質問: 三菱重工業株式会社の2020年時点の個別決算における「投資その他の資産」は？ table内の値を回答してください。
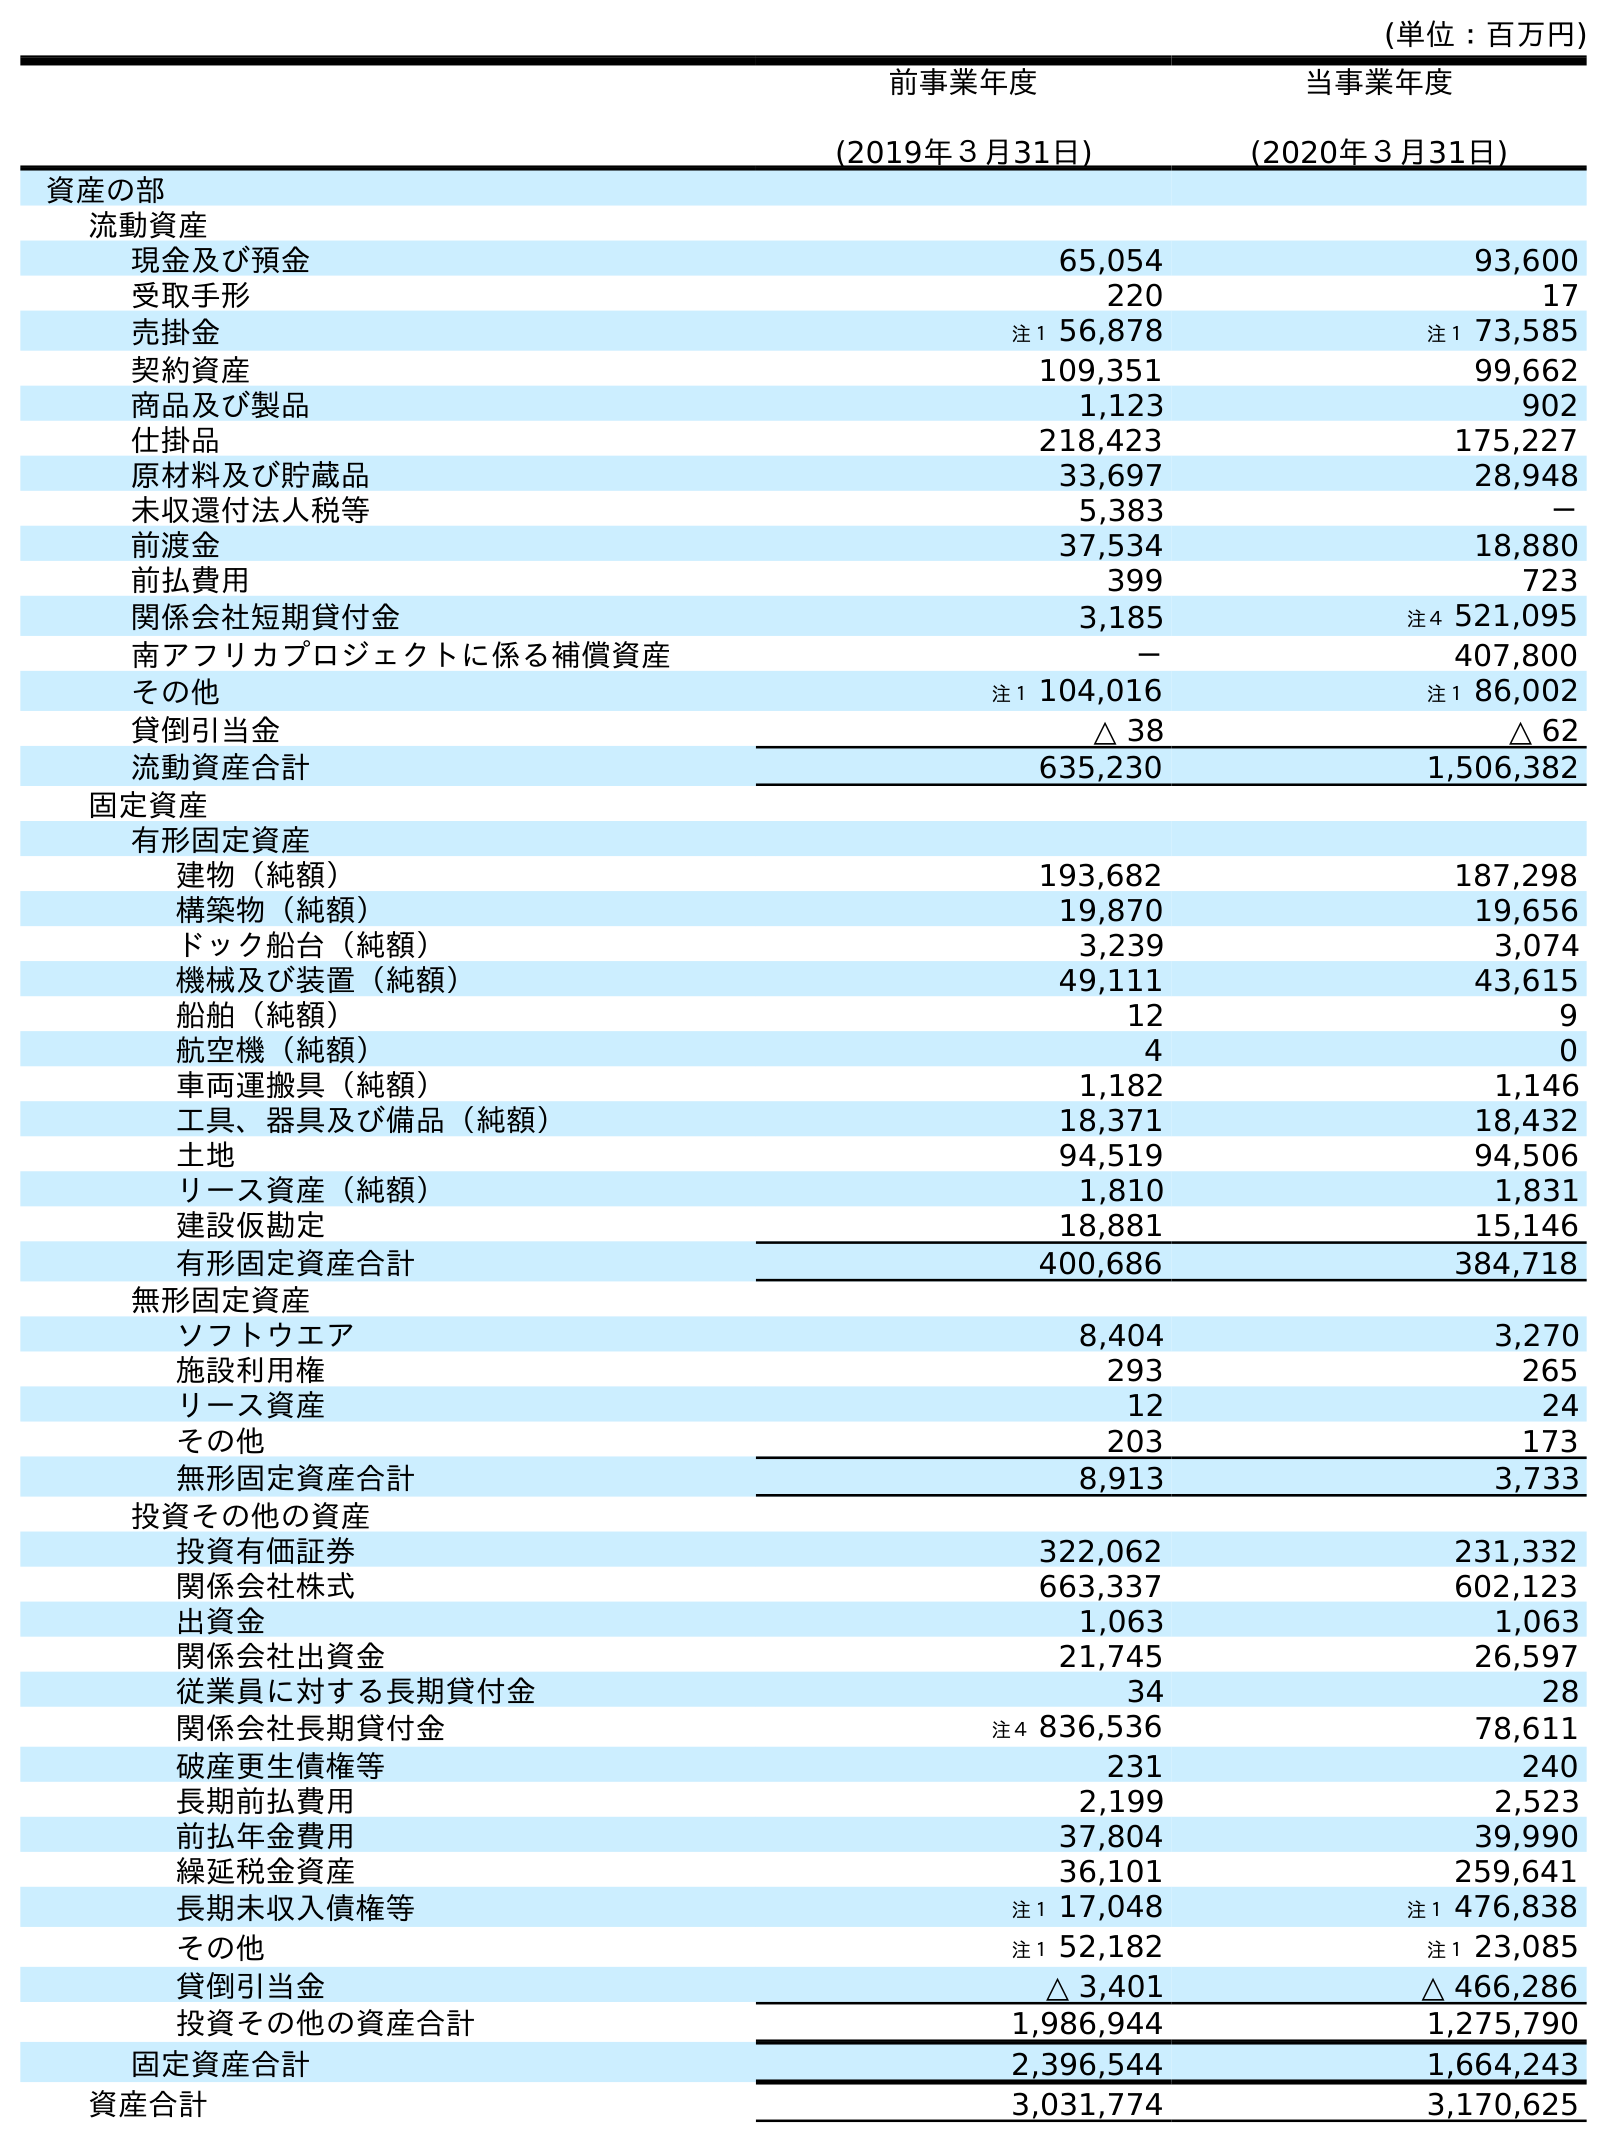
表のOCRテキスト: (単位：百万円) 前事業年度 (2019年３月31日) 当事業年度 (2020年３月31日) 資産の部 流動資産 現金及び預金 65,054 93,600 受取手形 220 17 売掛金 注１ 56,878 注１ 73,585 契約資産 109,351 99,662 商品及び製品 1,123 902 仕掛品 218,423 175,227 原材料及び貯蔵品 33,697 28,948 未収還付法人税等 5,383 － 前渡金 37,534 18,880 前払費用 399 723 関係会社短期貸付金 3,185 注４ 521,095 南アフリカプロジェクトに係る補償資産 － 407,800 その他 注１ 104,016 注１ 86,002 貸倒引当金 △ 38 △ 62 流動資産合計 635,230 1,506,382 固定資産 有形固定資産 建物（純額） 193,682 187,298 構築物（純額） 19,870 19,656 ドック船台（純額） 3,239 3,074 機械及び装置（純額） 49,111 43,615 船舶（純額） 12 9 航空機（純額） 4 0 車両運搬具（純額） 1,182 1,146 工具、器具及び備品（純額） 18,371 18,432 土地 94,519 94,506 リース資産（純額） 1,810 1,831 建設仮勘定 18,881 15,146 有形固定資産合計 400,686 384,718 無形固定資産 ソフトウエア 8,404 3,270 施設利用権 293 265 リース資産 12 24 その他 203 173 無形固定資産合計 8,913 3,733 投資その他の資産 投資有価証券 322,062 231,332 関係会社株式 663,337 602,123 出資金 1,063 1,063 関係会社出資金 21,745 26,597 従業員に対する長期貸付金 34 28 関係会社長期貸付金 注４ 836,536 78,611 破産更生債権等 231 240 長期前払費用 2,199 2,523 前払年金費用 37,804 39,990 繰延税金資産 36,101 259,641 長期未収入債権等 注１ 17,048 注１ 476,838 その他 注１ 52,182 注１ 23,085 貸倒引当金 △ 3,401 △ 466,286 投資その他の資産合計 1,986,944 1,275,790 固定資産合計 2,396,544 1,664,243 資産合計 3,031,774 3,170,625
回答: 1,275,790